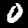
Digit: 0